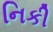
નિકી